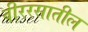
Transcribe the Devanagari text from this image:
वीररसातील